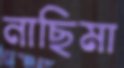
নাছিমা